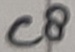
Text: C8